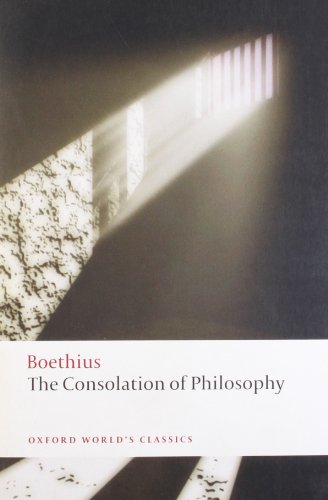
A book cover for The Consolation of Philosophy (Oxford World's Classics); Boethius; Politics & Social Sciences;